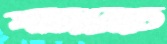
পাজরেতে